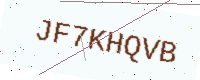
Text: JF7KHQVB